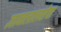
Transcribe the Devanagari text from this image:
ज्ञानलालसेचा